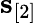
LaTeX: {\mathbf s}_{[2]}